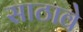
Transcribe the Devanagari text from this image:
साठावे